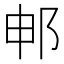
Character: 𬩸